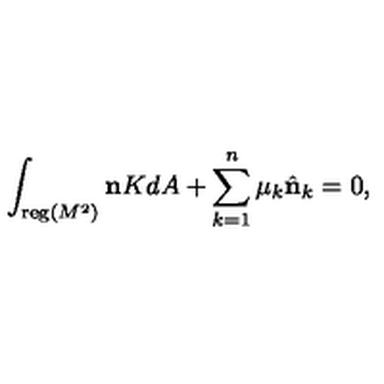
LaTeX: \int _ { { \mathrm { \small { r e g } } } ( M ^ { 2 } ) } { \bf n } K d A + \sum _ { k = 1 } ^ { n } \mu _ { k } \hat { \bf n } _ { k } = 0 ,